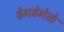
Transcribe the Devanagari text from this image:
वेगवेगेळे